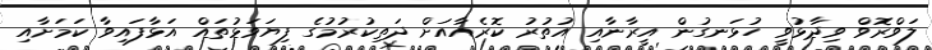
ލަވްރޮވް ވިދާޅުވީ ހުޅަނގުން އީރާނާއި އުތުރު ކޮރެއާއަށް ދަތިކުރުމުގެ ފިޔަވަޅުތައް އަޅާފައިވާ ކަމަށާއި